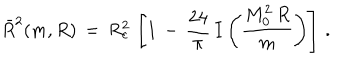
LaTeX: \bar { R } ^ { 2 } ( m , R ) \, = \, R _ { c } ^ { 2 } \, \left[ 1 \, - \, \frac { 2 4 } { \pi } \, I \left( \frac { M _ { 0 } ^ { 2 } \, R } { m } \right) \right] \, { . }